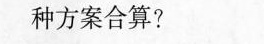
种方案合算?